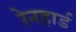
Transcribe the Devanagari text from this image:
रेनहार्ड